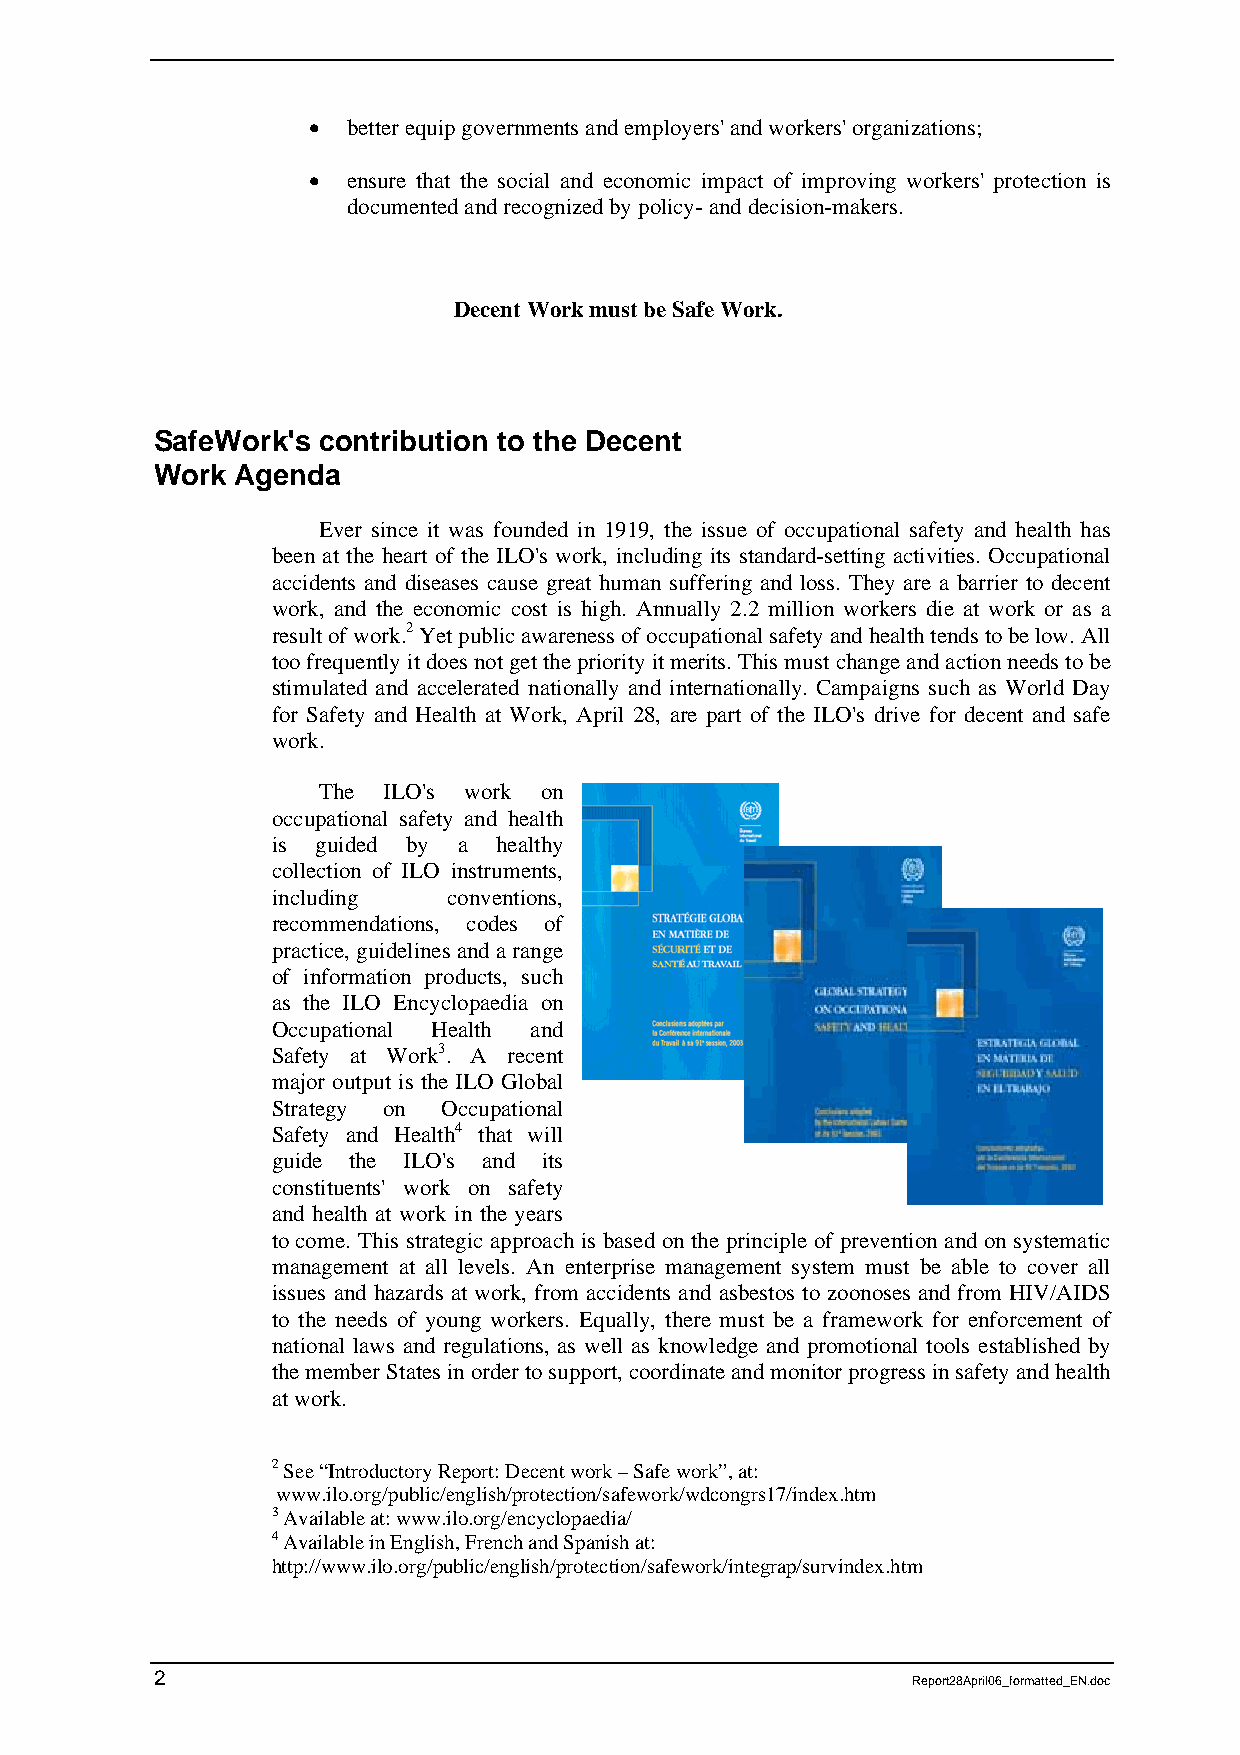
•  better equip governments and employers' and workers' organizations;
 •  ensure that the social and economic impact of improving workers' protection is
 documented and recognized by policy- and decision-makers.
 Decent Work must be Safe Work.
 SafeWork's contribution to the Decent
 Work  Agenda
 Ever since it was founded in 1919, the issue of occupational safety and health has
 been at the heart of the ILO's work, including its standard-setting activities. Occupational
 accidents and diseases cause great human suffering and loss. They are a barrier to decent
 work, and the economic cost is high. Annually 2.2 million workers die at work or as a
 result of work.2 Yet public awareness of occupational safety and health tends to be low. All
 too frequently it does not get the priority it merits. This must change and action needs to be
 stimulated and accelerated nationally and internationally. Campaigns such as World Day
 for Safety and Health at Work, April 28, are part of the ILO's drive for decent and safe
 work.
 The ILO's work on
 occupational safety and health
 is guided by a healthy
 collection of ILO instruments,
 including   conventions,
 recommendations, codes of
 practice, guidelines and a range
 of information products, such
 as the ILO Encyclopaedia on
 Occupational Health and
 Safety at Work3. A recent
 major output is the ILO Global
 Strategy on Occupational
 Safety and Health4 that will
 guide the ILO's and its
 constituents' work on safety
 and health at work in the years
 to come. This strategic approach is based on the principle of prevention and on systematic
 management at all levels. An enterprise management system must be able to cover all
 issues and hazards at work, from accidents and asbestos to zoonoses and from HIV/AIDS
 to the needs of young workers. Equally, there must be a framework for enforcement of
 national laws and regulations, as well as knowledge and promotional tools established by
 the member States in order to support, coordinate and monitor progress in safety and health
 at work.
 2 See “Introductory Report: Decent work – Safe work”, at:
 www.ilo.org/public/english/protection/safework/wdcongrs17/index.htm
 3 Available at: www.ilo.org/encyclopaedia/
 4 Available in English, French and Spanish at:
 http://www.ilo.org/public/english/protection/safework/integrap/survindex.htm
 2
 Report28April06_formatted_EN.doc